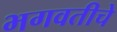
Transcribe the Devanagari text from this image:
भगवतीचे